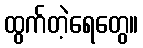
ထွက်တဲ့ရေတွေ။